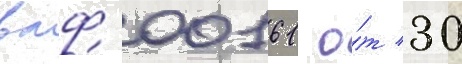
вмф 00161 о́т 30